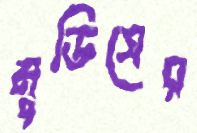
মুডিসের